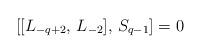
LaTeX: \begin{align*} [[L_{-q+2}, \, L_{-2}], \, S_{q-1}] = 0\end{align*}